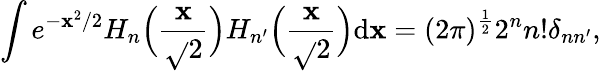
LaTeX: \int\! \, e^{-\mathbf{x}^{2}/2}H_{n}\Big(\frac{{\mathbf{x}}}{{\sqrt{}{2}}}\Big)H_{n^{\prime}}\Big(\frac{{\mathbf{x}}}{{\sqrt{}{2}}}\Big){\mathrm{{d}}\mathbf{x}}=(2\pi)^{\frac{{1}}{{2}}}2^{n}n!\delta_{nn^{\prime}},